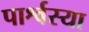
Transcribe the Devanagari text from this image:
पार्श्वस्या